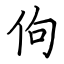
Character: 佝